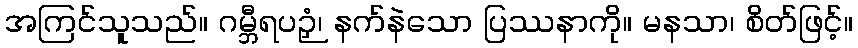
အကြင်သူသည်။ ဂမ္ဘီရပဉှံ၊ နက်နဲသော ပြဿနာကို။ မနသာ၊ စိတ်ဖြင့်။